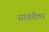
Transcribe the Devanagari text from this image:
सावंगीकर